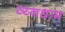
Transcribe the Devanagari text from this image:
व्य्नधाम